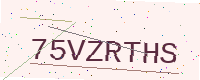
Text: 75VZRTHS